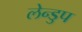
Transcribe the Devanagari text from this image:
लेन्डुप